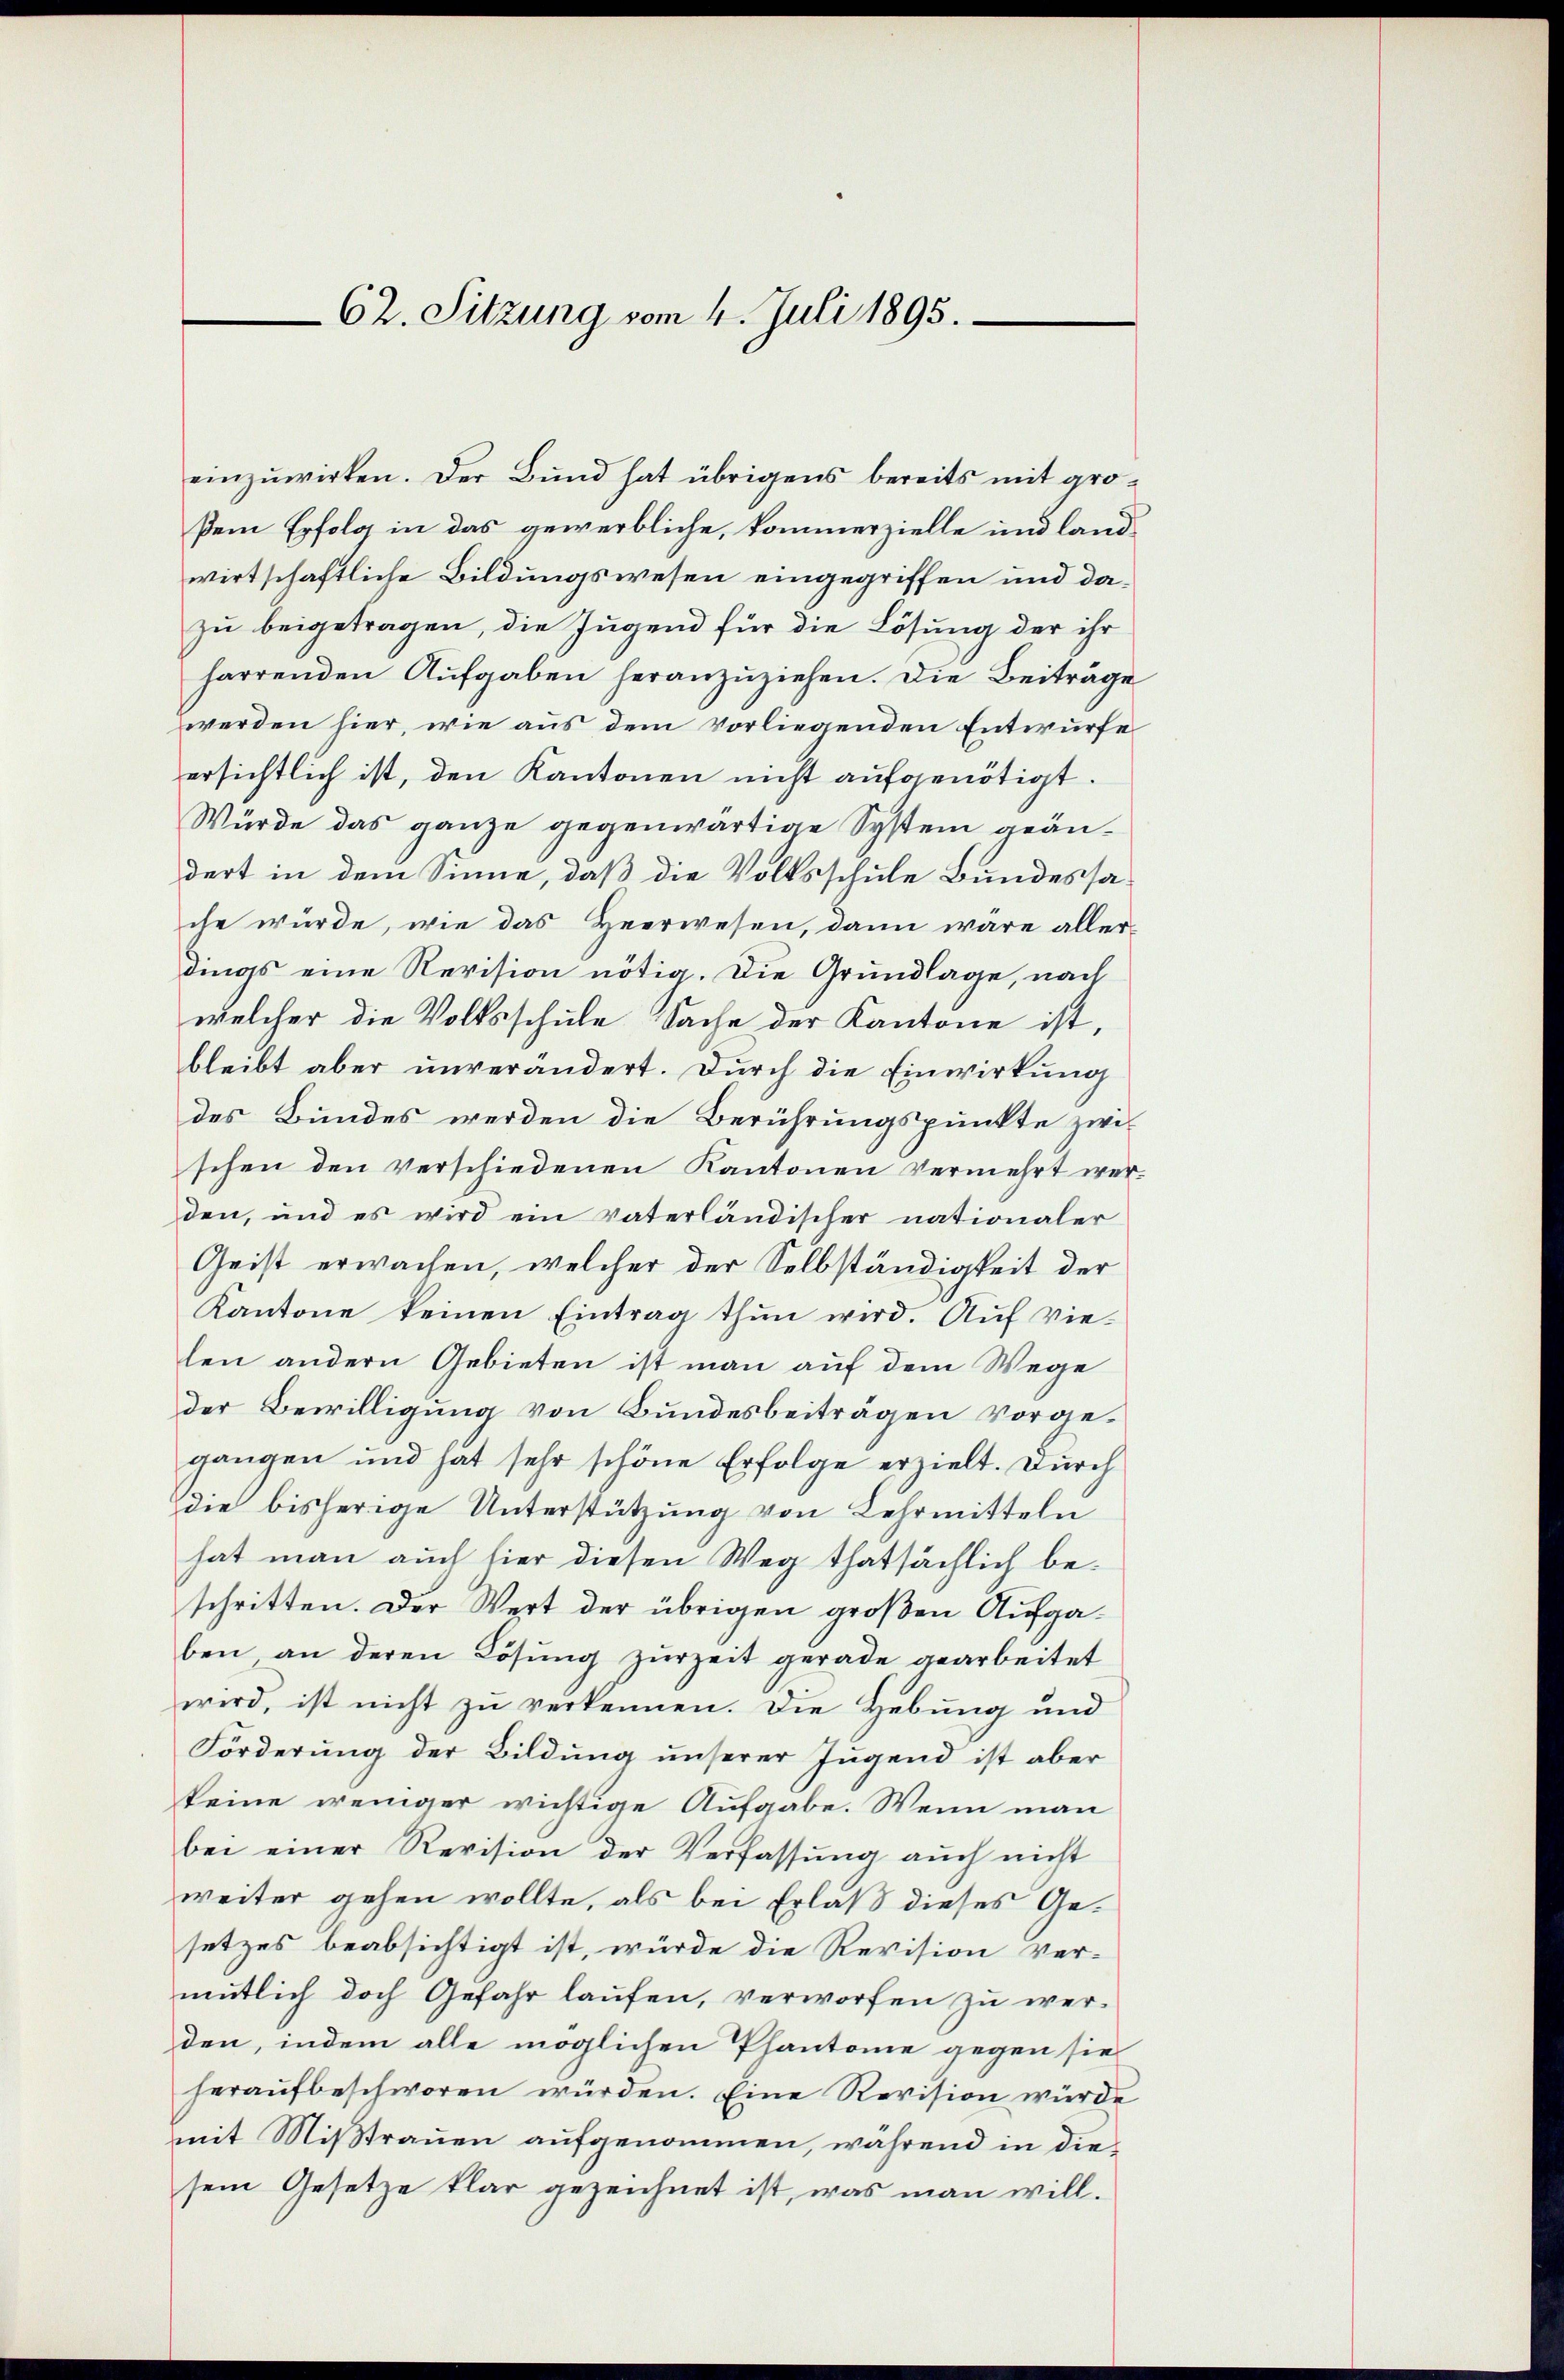
62. Sitzung vom 4. Juli 1895.

einzuwirken. Der Bund hat übrigens bereits mit grosein Erfolg in das gewerbliche, kommerzielle und landwirtschaftliche Bildungswesen eingegriffen und dazu beigetragen, die Jugend für die Lösung der ihr
harrenden Aufgaben heranzuziehen. Die Beiträge
werden hier, wie aus dem vorliegenden Entwurfe
ersichtlich ist, den Kantonen nicht aufgenötigt.
Würde das ganze gegenwärtige System geändert in dem Sinne, daß die Volksschule Bundessache würde, wie das Heerwesen, dann wäre aller
dings eine Revision nötig. Die Grundlage, nach
welcher die Volksschule Sache der Kantone ist,
bleibt aber unverändert. Durch die Einwirkung
des Bundes werden die Berührungspunkte zwischen den verschiedenen Kantonen vermehrt werden, und es wird ein Vaterländischer nationaler
Geist erwachen, welcher der Selbständigkeit der
Kantone keinen Eintrag thun wird. Auf vie-
len andern Gebieten ist man auf dem Wege
der Bewilligung von Bundesbeiträgen vorgegangen und hat sehr schöne Erfolge erzielt. Durch
die bisherige Unterstützung von Lehrmitteln
hat man auch hier diesen Weg thatsächlich beschritten. Der Wert der übrigen großen Aufgaben an deren Lösung zurzeit gerade gearbeitet
wird, ist nicht zu verkennen. Die Hebung und
Förderung der Bildung unserer Jugend ist aber
keine weniger wichtige Aufgabe. Wenn man
bei einer Revision der Verfassung auch nicht
weiter gehen wollte, als bei Erlaß dieses Gesetzes beabsichtigt ist, würde die Revision ver-
mutlich doch Gefahr laufen, verworfen zu wer-
den, indem alle möglichen Phantone gegen sie
heraufbeschworen würden. Eine Revision würde
mit Mißtrauen aufgenommen, während in diesem Gesetze klar gezeichnet ist, was man will¬